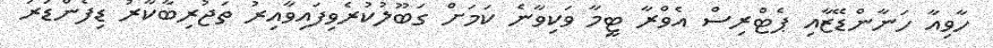
ހާވިއާ ހަނާންޑޭޒާއި ޕެޓްރިސް އެވްރާ ޓީމާ ވަކިވާނެ ކަމަށް ގަބޫލުކުރެވިފައިވާއިރު ތަޖުރިބާކާރު ޑިފެންޑަރު